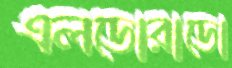
এলডোরাডো